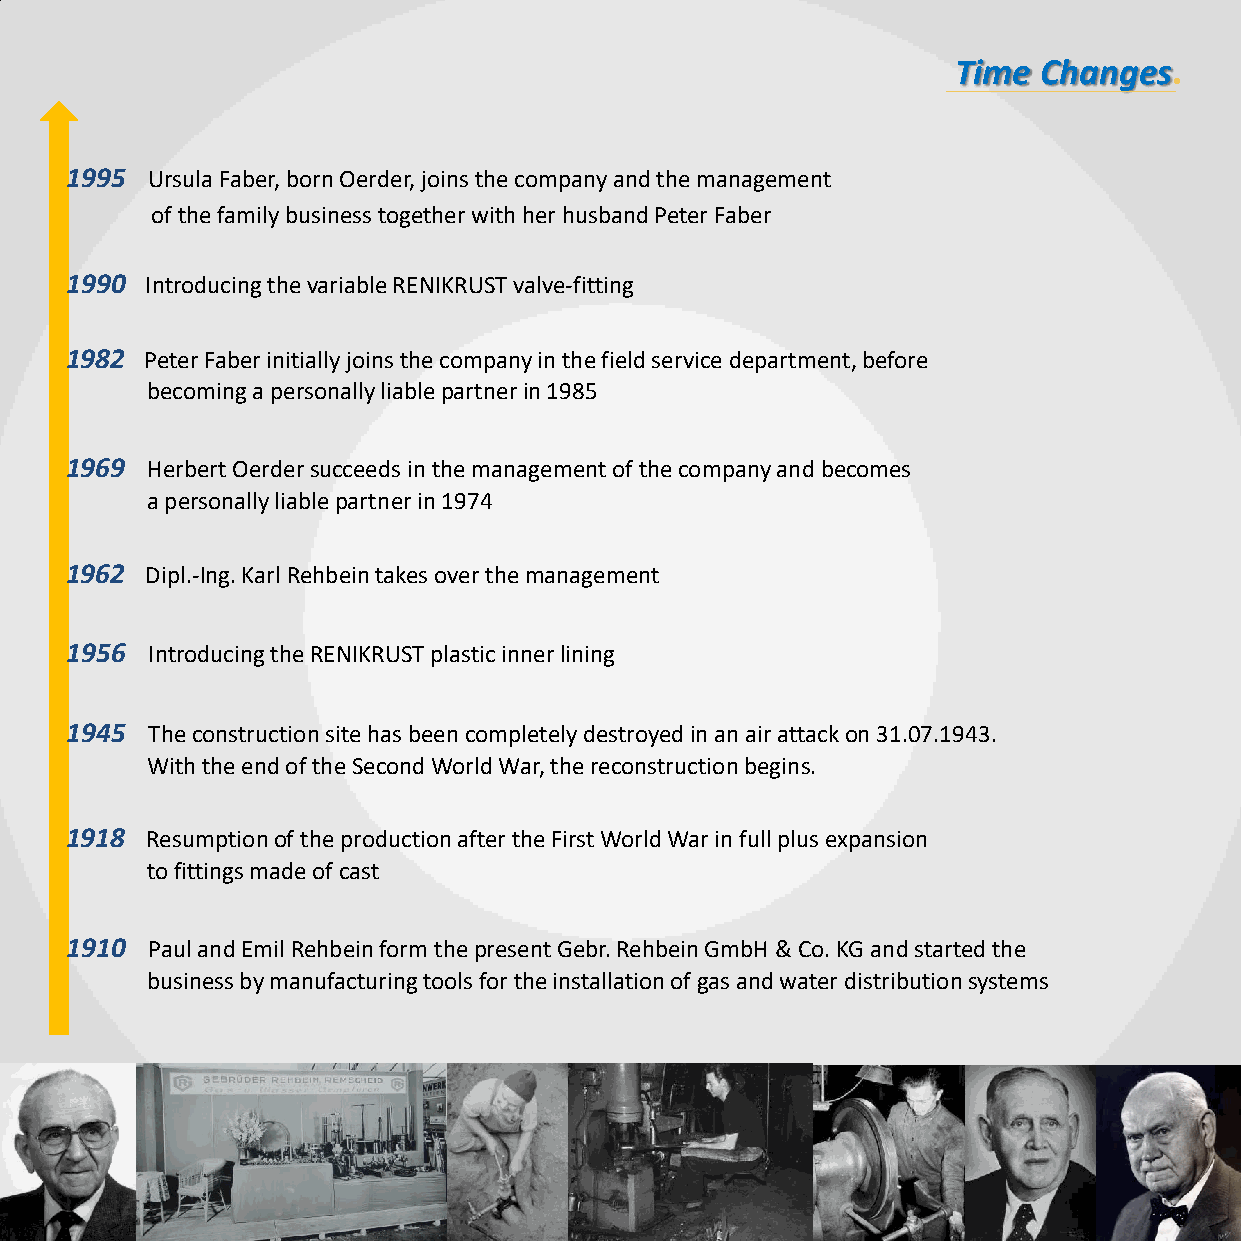
Time  Changes.
 1995  Ursula Faber, born Oerder, joins the company and the management
 of the family business together with her husband Peter Faber
 1990  Introducing the variable RENIKRUST valve-fitting
 1982  Peter Faber initially joins the company in the field service department, before
 becoming a personally liable partner in 1985
 1969  Herbert Oerder succeeds in the management of the company and becomes
 a personally liable partner in 1974
 1962  Dipl.-Ing. Karl Rehbein takes over the management
 1956  Introducing the RENIKRUST plastic inner lining
 1945  The construction site has been completely destroyed in an air attack on 31.07.1943.
 With the end of the Second World War, the reconstruction begins.
 1918  Resumption of the production after the First World War in full plus expansion
 to fittings made of cast
 1910  Paul and Emil Rehbein form the present Gebr. Rehbein GmbH & Co. KG and started the
 business by manufacturing tools for the installation of gas and water distribution systems